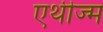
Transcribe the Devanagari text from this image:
एथीज्म